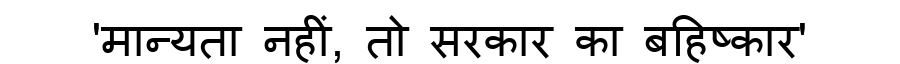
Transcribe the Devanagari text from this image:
'मान्यता नहीं, तो सरकार का बहिष्कार'